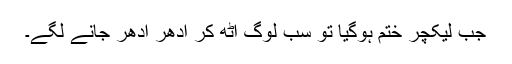
جب لیکچر ختم ہوگیا تو سب لوگ اٹھ کر ادھر ادھر جانے لگے۔